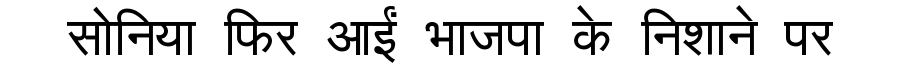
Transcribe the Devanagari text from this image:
सोनिया फिर आईं भाजपा के निशाने पर